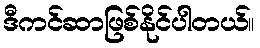
ဒီကင်ဆာဖြစ်နိုင်ပါတယ်။